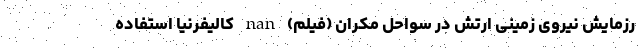
رزمایش نیروی زمینی ارتش در سواحل مکران (فیلم) nan کالیفرنیا استفاده